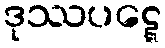
ဒုဿပဋ္ဋေ